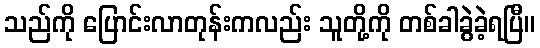
သည်ကို ပြောင်းလာတုန်းကလည်း သူတို့ကို တစ်ခါခွဲခဲ့ရပြီ။